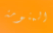
المنومة